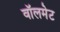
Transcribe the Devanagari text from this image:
वॉलमेट